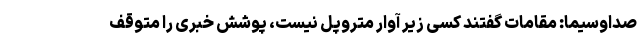
صداوسیما: مقامات گفتند کسی زیر آوار متروپل نیست، پوشش خبری را متوقف